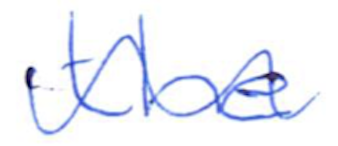
Text: the
Cross-out: mix
Writing tool: ballpoint